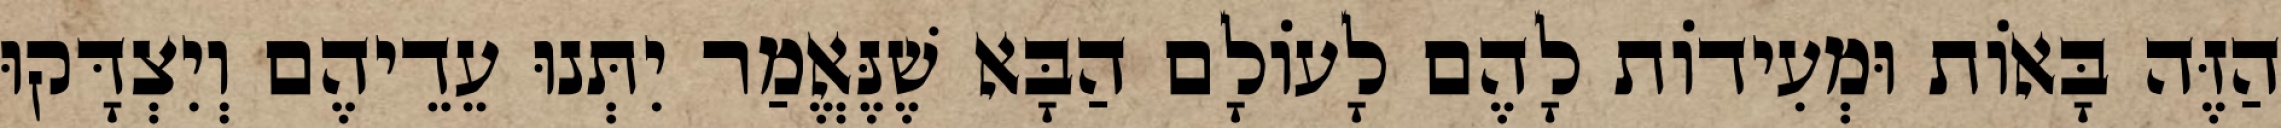
הַזֶּה בָּאוֹת וּמְעִידוֹת לָהֶם לָעוֹלָם הַבָּא שֶׁנֶּאֱמַר יִתְּנוּ עֵדֵיהֶם וְיִצְדָּקוּ